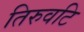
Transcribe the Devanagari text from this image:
तिरुवटि